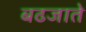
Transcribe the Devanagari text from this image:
बढजाते